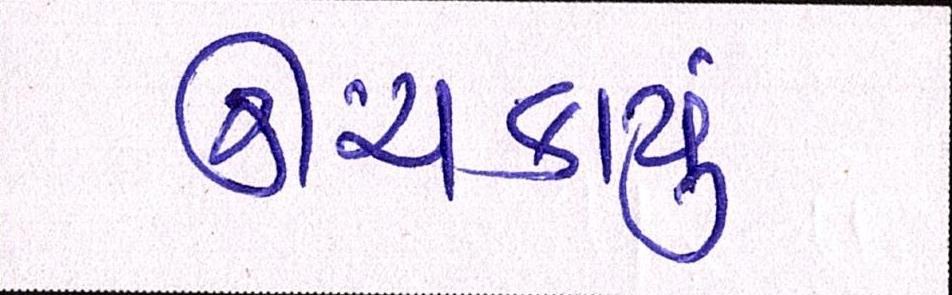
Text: ઊંચકાયું